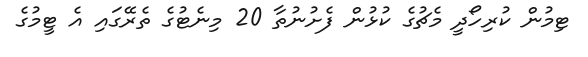
ޓިމުން ކުރިހޯދީ މެޗުގެ ކުޅުން ފެށުނުތާ 20 މިނެޓުގެ ތެރޭގައި އެ ޓީމުގެ